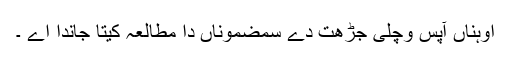
اوہناں آپس وچلی جڑھت دے سمضموناں دا مطالعہ کیتا جاندا اے ۔